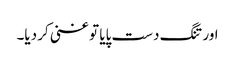
اور تنگ دست پایا تو غنی کر دیا۔